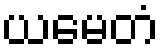
ယမေတံ